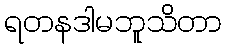
ရတနဒါမဘူသိတာ